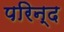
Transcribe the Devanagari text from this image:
परिन्द